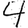
Digit: 4